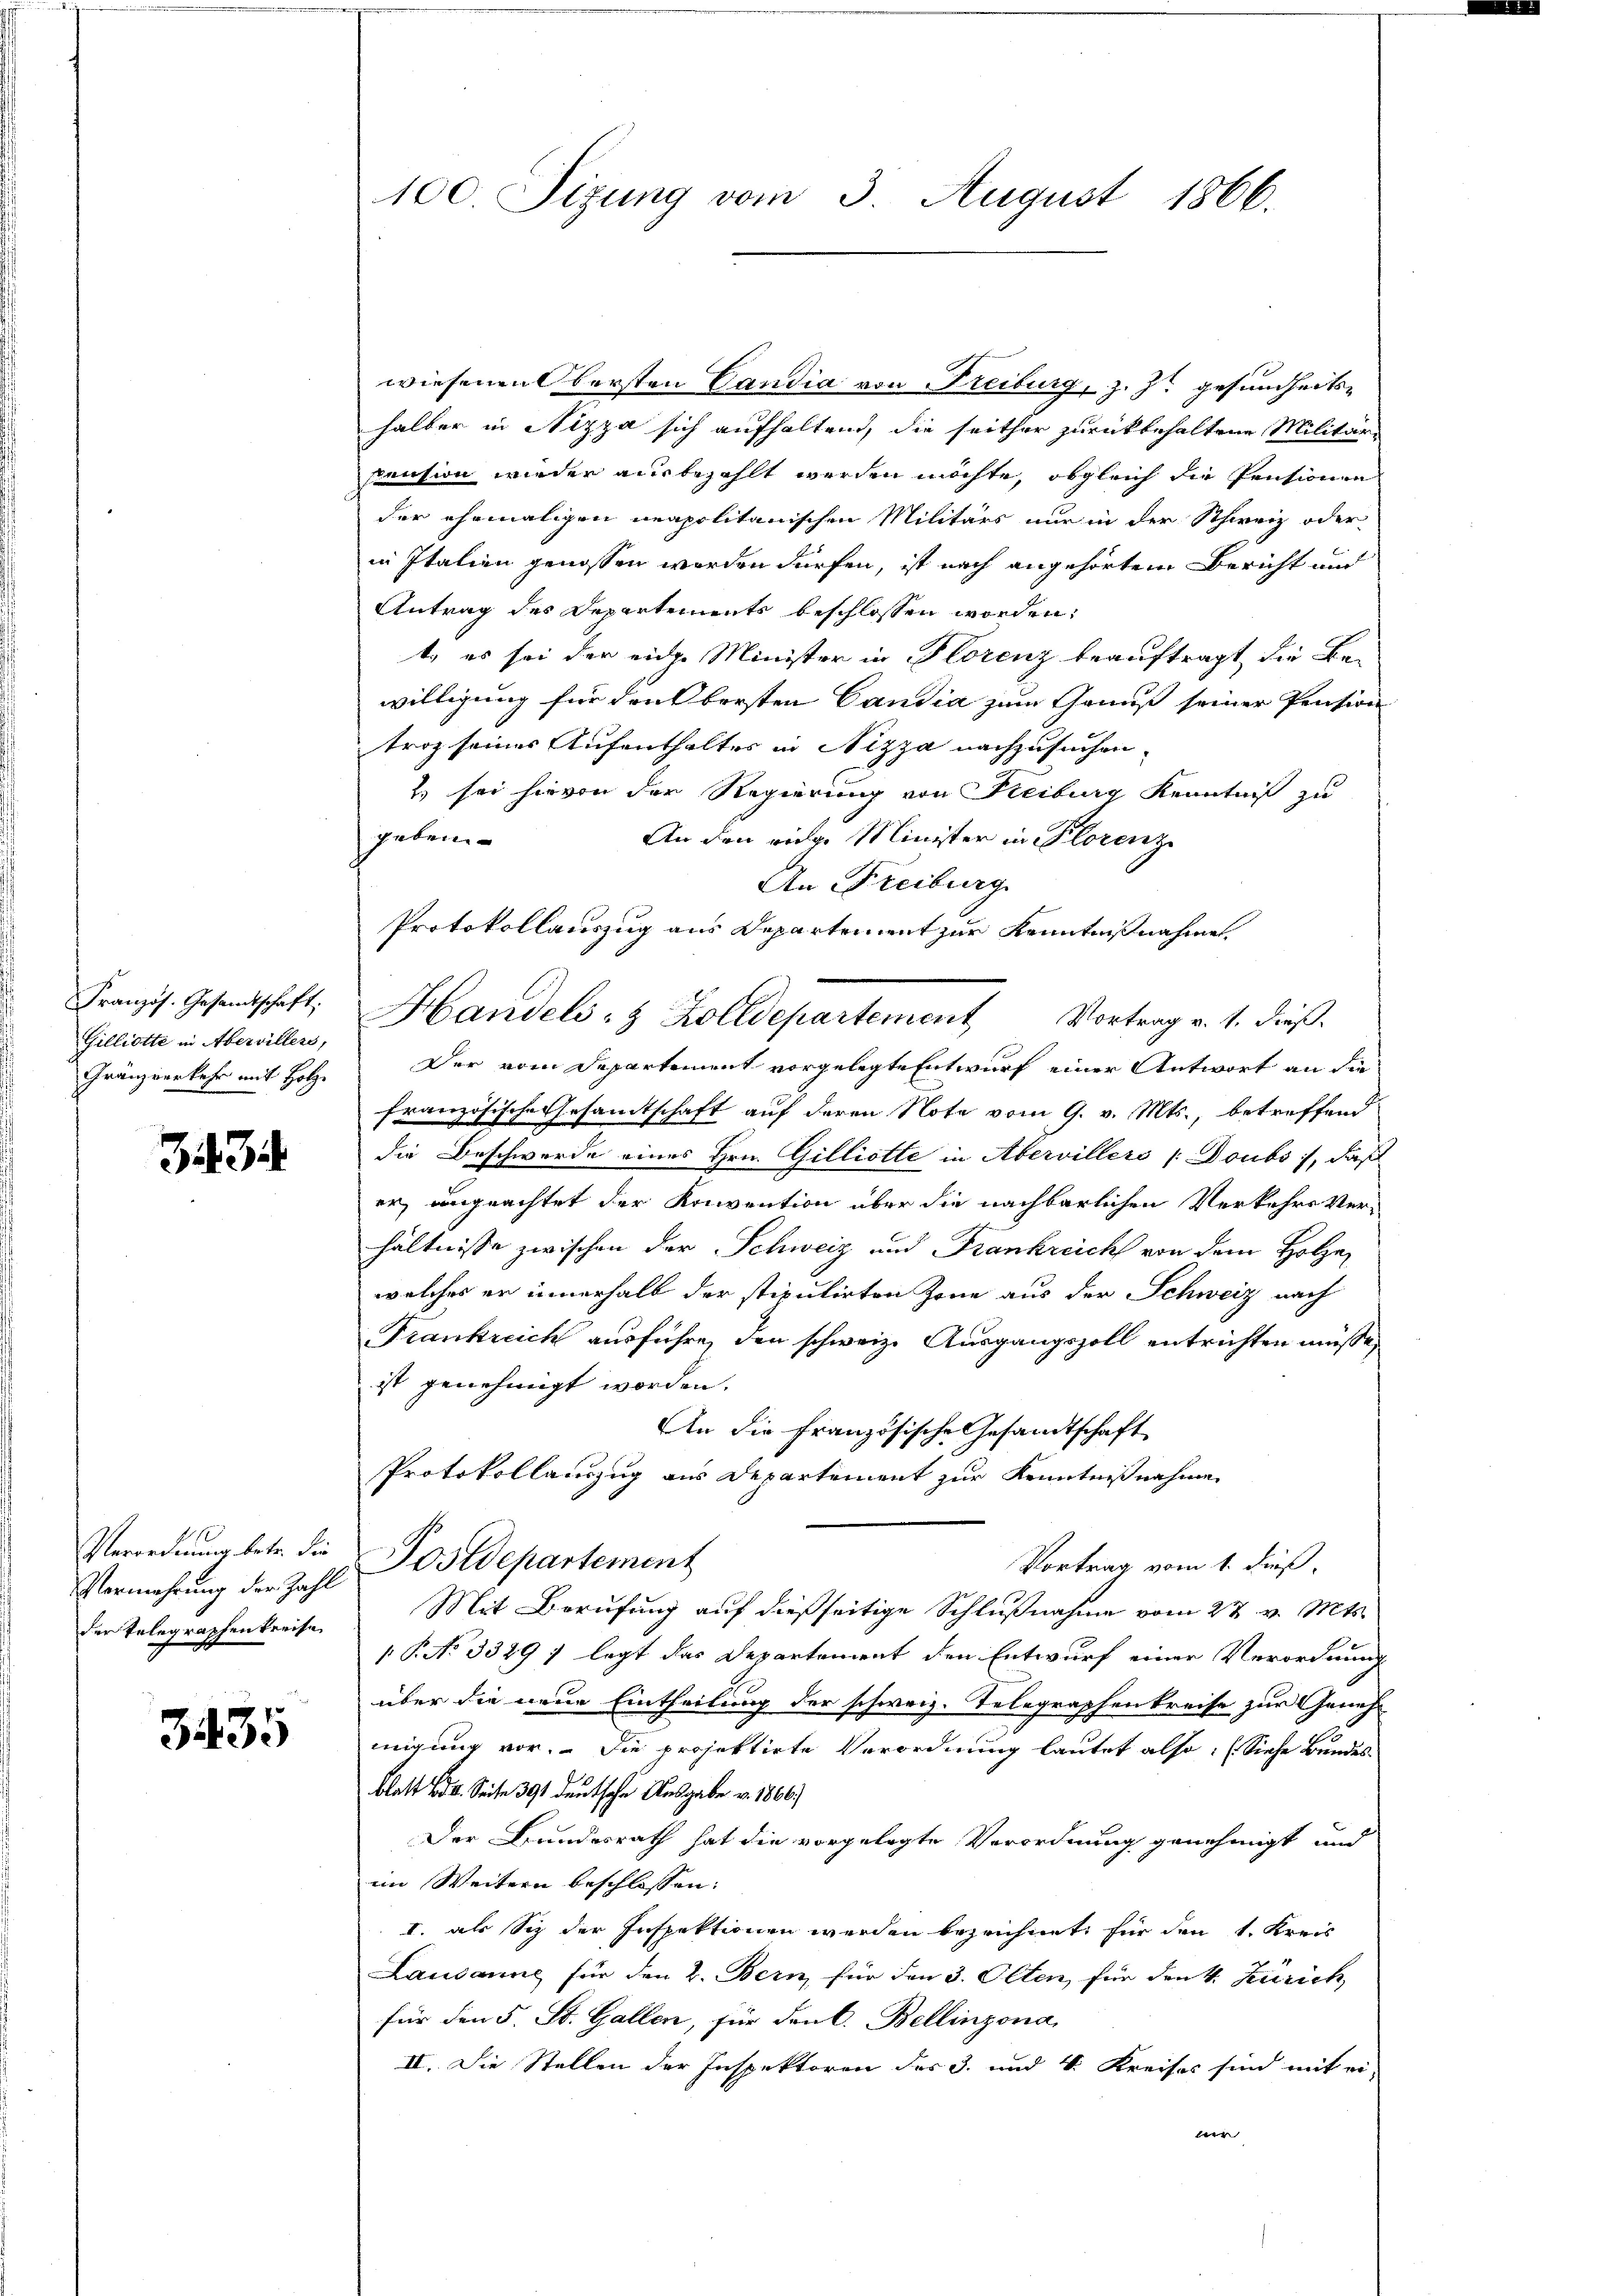
3434

Französ. Gesandtschaft.
Gilliotte in Aberwillers,
Gränzverkehr mit Holze

Verordnung betr. die
Vermehrung der Zahl
der Telegraphen kreise

3435

100 Sizung vom 3. August 1866.

wiesenen Obersten Candia von Freiburg, z. Z. gesundheitshalber in Nizza sich aufhaltend, die seither zurückbehaltene Militär-
Pension wieder ausbezahlt werden möchte, obgleich die Pensionen
der ehemaligen neapolitanischen Militärs nur in der Schweiz oder
in Italien genossen werden dürfen, ist nach angehörtem Bericht und
Antrag des Departements beschlossen worden:
t, es sei der einge Minister in Florenz beauftragt, die Bewilligung für den bersten Candia zum Genuß seiner Pension
troz seines Aufenthaltes in Nizza nachzusuchen.
2) sei hievon der Regierung von Freiburg Kenntniß zu
geben
An den eidg. Minister in Florenz
An Freiburg.
Protokollauszug aus Departement zur Kenntnißnahmen.
Handels- & Zolldepartement Vortrag v. 1. dieß.
Der vom Departement vorgelegte Entwurf einer Antwort an die
französische Gesamtschaft auf deren Note vom 9. v. Mts., betreffend
die Beschwerde eines Hrn. Gilliotte in Abervillers /: Doubs, daß
er, ungeachtet der Konvention über die nachbarlichen Verkehrs Ver-
hältnisse zwischen der Schweiz und Frankreich von dem Holze
welches er innerhalb der stipulirten Zone aus der Schweiz nach
Frankreich ausführe, den schweiz. Ausgangszoll entrichten müsse,
ist genehmigt worden.
An die Französische Gesandtschaft
Protokollauszug aus Departement zur Kenntnißnahme
Postdepartement
Vortrag vom 1. dieß
Mit Berufung auf dießseitige Schlußnahme vom 27 v. Mts.
 P. No 3329 ; legt das Departement den Entwurf einer Verordnung
über die neue Eintheilung der schweiz. Telegraphenkreise zur Geneh
migung vor. Die projektirte Verordnung lautet also: (Siehe Bundes-
blatt B. Seite 391 deutsche Ausgabe v. 1866.)
Der Bundesrath hat die vorgelegte Verordnung genehmigt und
im Weitern beschlossen:
I. als Siz der Inspektionen werden bezeichnet, für den 1. Kreis
Lausanne für den 2. Bern, für den 3. Olten, für den v. Zürich,
für den 5. St. Gallen, für den C. Bellinzona,
II. Die Stellen der Inspektoren der 3. und 4. Kreises sind mit ei-
e